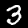
Label: 3